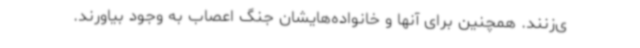
ی‌زنند. همچنین برای آنها و خانواده‌هایشان جنگ اعصاب به وجود بیاورند.